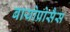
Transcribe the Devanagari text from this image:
बायोप्रोसैस